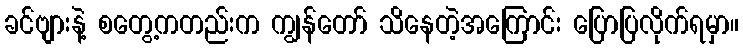
ခင်ဗျားနဲ့ စတွေ့ကတည်းက ကျွန်တော် သိနေတဲ့အကြောင်း ပြောပြလိုက်ရမှာ။